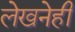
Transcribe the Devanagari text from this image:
लेखनेही